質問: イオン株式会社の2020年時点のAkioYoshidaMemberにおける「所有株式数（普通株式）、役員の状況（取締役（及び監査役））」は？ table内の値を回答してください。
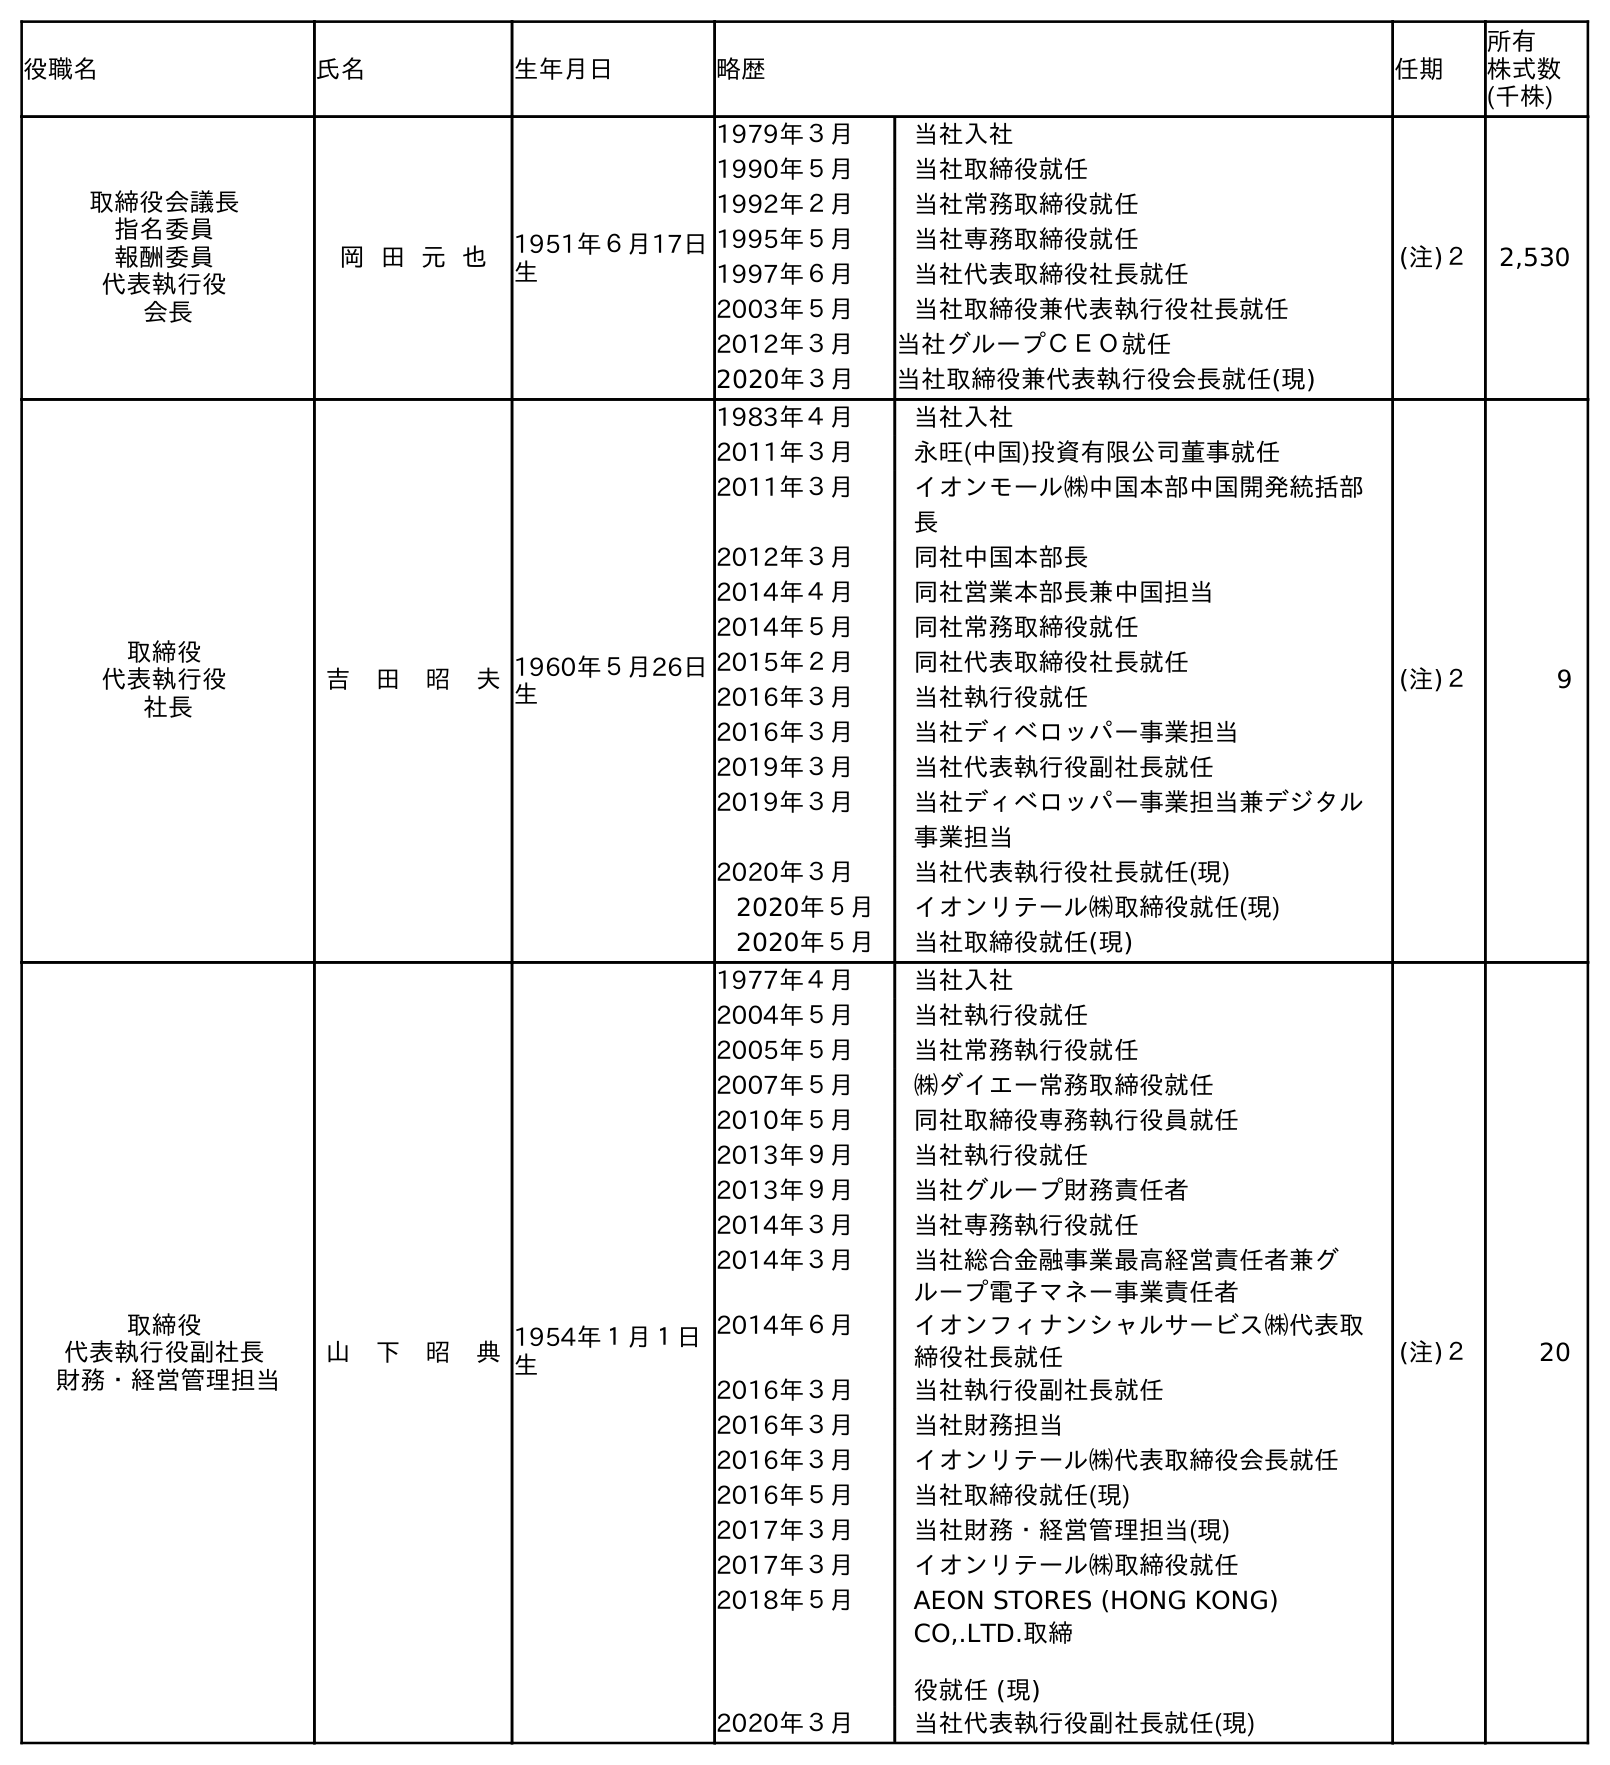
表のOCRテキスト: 役職名 氏名 生年月日 略歴 任期 所有 株式数 (千株) 取締役会議長 指名委員 報酬委員 代表執行役 会長 岡 田 元 也 1951年６月17日 生 1979年３月 当社入社 1990年５月 当社取締役就任 1992年２月 当社常務取締役就任 1995年５月 当社専務取締役就任 1997年６月 当社代表取締役社長就任 2003年５月 当社取締役兼代表執行役社長就任 2012年３月 当社グループＣＥＯ就任 2020年３月 当社取締役兼代表執行役会長就任(現) (注)２ 2,530 取締役 代表執行役 社長 吉 田 昭 夫1960年５月26日 生 1983年４月 当社入社 2011年３月 永旺(中国)投資有限公司董事就任 2011年３月 イオンモール㈱中国本部中国開発統括部 長 2012年３月 同社中国本部長 2014年４月 同社営業本部長兼中国担当 2014年５月 同社常務取締役就任 2015年２月 同社代表取締役社長就任 2016年３月 当社執行役就任 2016年３月 当社ディベロッパー事業担当 2019年３月 当社代表執行役副社長就任 2019年３月 当社ディベロッパー事業担当兼デジタル 事業担当 2020年３月 当社代表執行役社長就任(現) 2020年５月 イオンリテール㈱取締役就任(現) 2020年５月 当社取締役就任(現) (注)２ 9 取締役 代表執行役副社長 財務・経営管理担当 山 下 昭 典1954年１月１日 生 1977年４月 当社入社 2004年５月 当社執行役就任 2005年５月 当社常務執行役就任 2007年５月 ㈱ダイエー常務取締役就任 2010年５月 同社取締役専務執行役員就任 2013年９月 当社執行役就任 2013年９月 当社グループ財務責任者 2014年３月 当社専務執行役就任 2014年３月 当社総合金融事業最高経営責任者兼グ ループ電子マネー事業責任者 2014年６月 イオンフィナンシャルサービス㈱代表取 締役社長就任 2016年３月 当社執行役副社長就任 2016年３月 当社財務担当 2016年３月 イオンリテール㈱代表取締役会長就任 2016年５月 当社取締役就任(現) 2017年３月 当社財務・経営管理担当(現) 2017年３月 イオンリテール㈱取締役就任 2018年５月 AEON STORES (HONG KONG) CO,.LTD.取締 役就任 (現) 2020年３月 当社代表執行役副社長就任(現) (注)２ 20
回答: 9